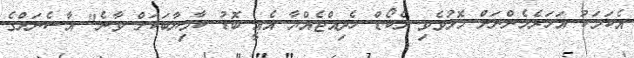
އެކަމަކު އަހަރެމެންނަށް މޮޅުވެވި ރެކޯޑް ހެދިއްޖެއްޔާ އެއީ ބޮޑު ކާމިޔާބަކަށް ވާނެ" އާސެނަލްގެ